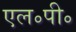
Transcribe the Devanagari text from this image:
एल॰पी॰